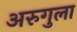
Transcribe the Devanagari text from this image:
अरुगुला